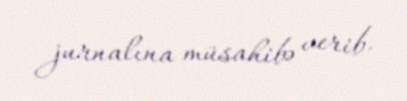
jurnalına müsahibə verib.